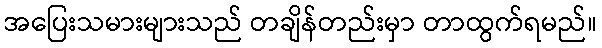
အပြေးသမားများသည် တချိန်တည်းမှာ တာထွက်ရမည်။